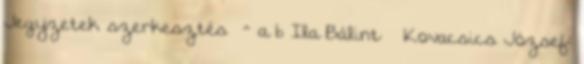
Jegyzetek szerkesztés ^ a b Ila Bálint – Kovacsics József: